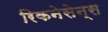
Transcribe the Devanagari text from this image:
रिकनेसेन्स